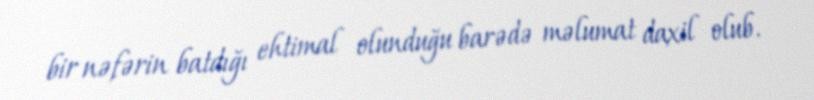
bir nəfərin batdığı ehtimal olunduğu barədə məlumat daxil olub.